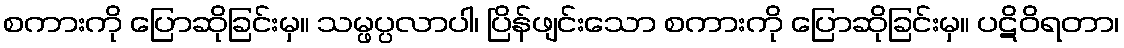
စကားကို ပြောဆိုခြင်းမှ။ သမ္ဖပ္ပလာပါ၊ ပြိန်ဖျင်းသော စကားကို ပြောဆိုခြင်းမှ။ ပဋိဝိရတာ၊